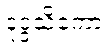
ဒုဒ္ဒသိကော